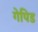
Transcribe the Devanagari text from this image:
गेपिड